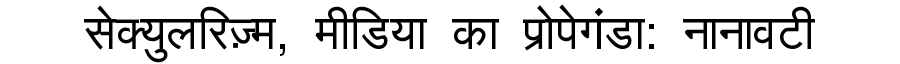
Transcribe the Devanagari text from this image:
सेक्युलरिज़्म, मीडिया का प्रोपेगंडा: नानावटी